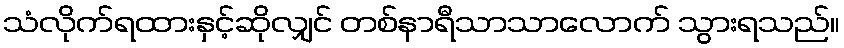
သံလိုက်ရထားနှင့်ဆိုလျှင် တစ်နာရီသာသာလောက် သွားရသည်။